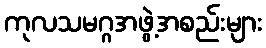
ကုလသမဂ္ဂအဖွဲ့အစည်းများ